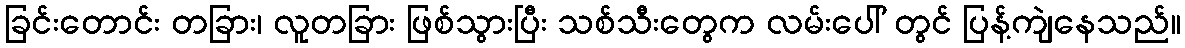
ခြင်းတောင်း တခြား၊ လူတခြား ဖြစ်သွားပြီး သစ်သီးတွေက လမ်းပေါ် တွင် ပြန့်ကျဲနေသည်။